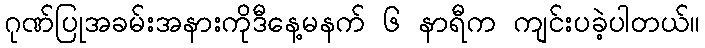
ဂုဏ်ပြုအခမ်းအနားကိုဒီနေ့မနက် ၆ နာရီက ကျင်းပခဲ့ပါတယ်။